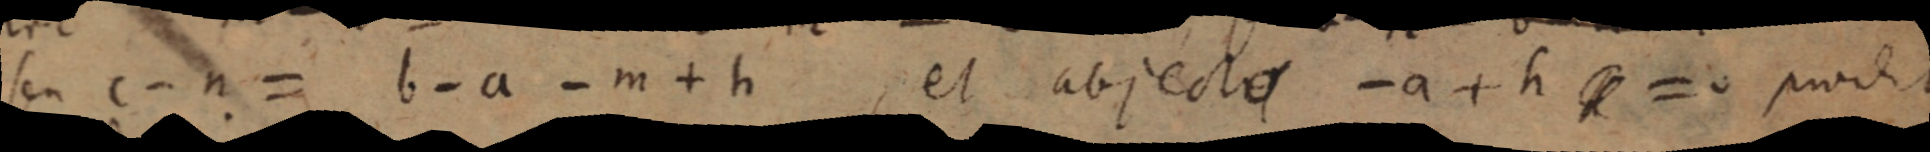
seu c - n = b - a -m + h, et abjectas a + h = 0 prodit